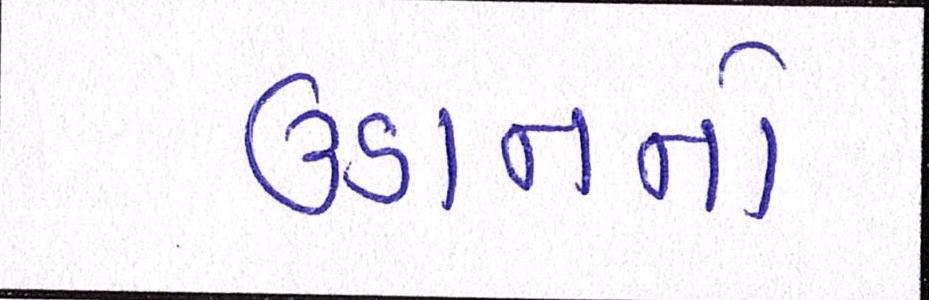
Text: ઉડાનનો